Plague in India, 1896, 1897 - Volume 2
Year: 1896
Disease focus: Plague
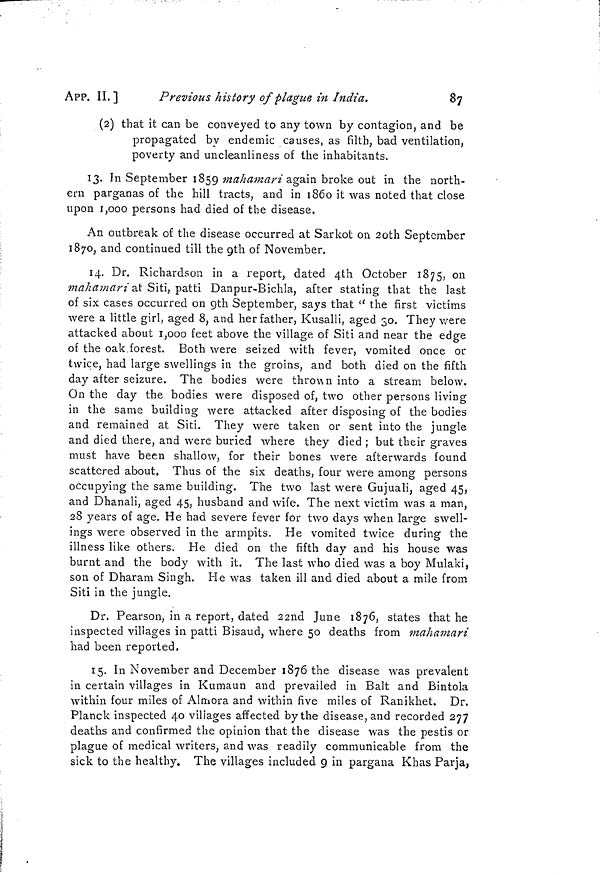
APP. II.]
Previous history of plague in India.
87
(2) that it can be conveyed to any town by contagion, and be
propagated by endemic causes, as filth, bad ventilation,
poverty and uncleanliness of the inhabitants.
13. In September 1859 mahamari again broke out in the north-
ern parganas of the hill tracts, and in 1860 it was noted that close
upon 1,000 persons had died of the disease.
An outbreak of the disease occurred at Sarkot on 20th September
1870, and continued till the 9th of November.
14. Dr. Richardson in a report, dated 4th October 1875, on
mahamari at Siti, patti Danpur-Bichla, after stating that the last
of six cases occurred on gth September, says that " the first victims
were a little girl, aged 8, and her father, Kusalli, aged 30. They were
attacked about 1,000 feet above the village of Siti and near the edge
of the oak forest. Both were seized with fever, vomited once or
twice, had large swellings in the groins, and both died on the fifth
day after seizure. The bodies were thrown into a stream below.
On the day the bodies were disposed of, two other persons living
in the same building were attacked after disposing of the bodies
and remained at Siti. They were taken or sent into the jungle
and died there, and were buried where they died ; but their graves
must have been shallow, for their bones were afterwards found
scattered about, Thus of the six deaths, four were among persons
occupying the same building. The two last were Gujuali, aged 45,
and Dhanali, aged 45, husband and wife. The next victim was a man,
28 years of age. He had severe fever for two days when large swell-
ings were observed in the armpits. He vomited twice during the
illness like others. He died on the fifth day and his house was
burnt and the body with it. The last who died was a boy Mulaki,
son of Dharam Singh. He was taken ill and died about a mile from
Siti in the jungle.
Dr. Pearson, in a report, dated 22nd June 1876, states that he
inspected villages in patti Bisaud, where 50 deaths from mahamari
had been reported.
15. In November and December 1876 the disease was prevalent
m certain villages in Kumaun and prevailed in Balt and Bintola
within four miles of Almora and within five miles of Ranikhet. Dr.
Planck inspected 40 villages affected by the disease, and recorded 277
deaths and confirmed the opinion that the disease was the pestis or
plague of medical writers, and was readily communicable from the
sick to the healthy. The villages included 9 in pargana Khas Pavja,